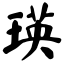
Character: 瑛